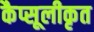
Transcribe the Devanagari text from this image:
कैप्सूलीकृत